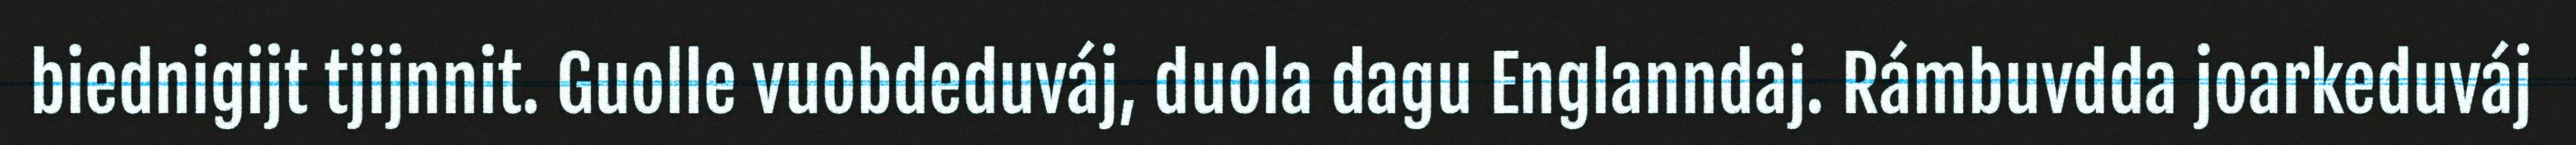
biednigijt tjijnnit. Guolle vuobdeduváj, duola dagu Englanndaj. Rámbuvdda joarkeduváj